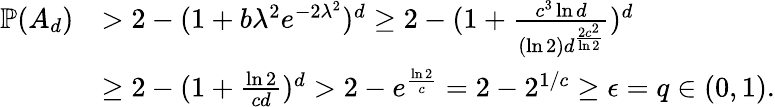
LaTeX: \begin{array}{rl}{\mathbb{P}(A_{d})}&{>2-(1+b\lambda^{2}e^{-2\lambda^{2}})^{d}\ge 2-(1+\frac{c^{3}\ln d}{(\ln 2)d^{\frac{2c^{2}}{\ln 2}}})^{d}}\\ &{\ge 2-(1+\frac{\ln 2}{cd})^{d}>2-e^{\frac{\ln 2}{c}}=2-2^{1/c}\ge\epsilon=q\in(0,1).}\end{array}